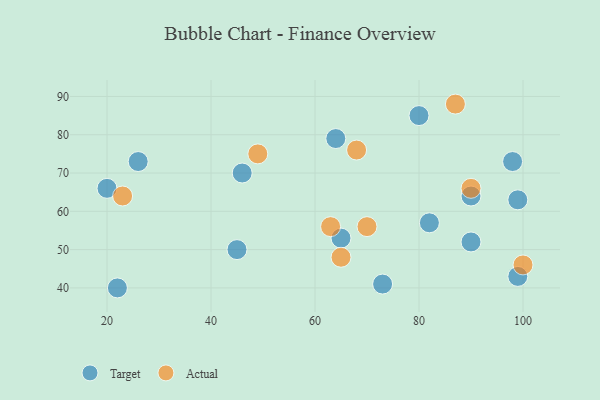
{"axis": {"x": "GDP", "y": "Life Expectancy"}, "legend": ["Actual", "Target"], "data": [{"x": "80", "y": 85, "type": "Target"}, {"x": "45", "y": 50, "type": "Target"}, {"x": "98", "y": 73, "type": "Target"}, {"x": "20", "y": 66, "type": "Target"}, {"x": "82", "y": 57, "type": "Target"}, {"x": "65", "y": 53, "type": "Target"}, {"x": "46", "y": 70, "type": "Target"}, {"x": "22", "y": 40, "type": "Target"}, {"x": "90", "y": 64, "type": "Target"}, {"x": "26", "y": 73, "type": "Target"}, {"x": "73", "y": 41, "type": "Target"}, {"x": "90", "y": 52, "type": "Target"}, {"x": "99", "y": 63, "type": "Target"}, {"x": "64", "y": 79, "type": "Target"}, {"x": "99", "y": 43, "type": "Target"}, {"x": "65", "y": 48, "type": "Actual"}, {"x": "90", "y": 66, "type": "Actual"}, {"x": "63", "y": 56, "type": "Actual"}, {"x": "70", "y": 56, "type": "Actual"}, {"x": "87", "y": 88, "type": "Actual"}, {"x": "49", "y": 75, "type": "Actual"}, {"x": "23", "y": 64, "type": "Actual"}, {"x": "100", "y": 46, "type": "Actual"}, {"x": "68", "y": 76, "type": "Actual"}]}